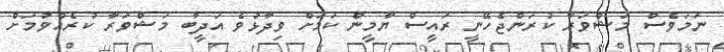
ނަމަވެސް މަޝްވަރާ ކުރަންޖެހޭނީ ރައީސް ޔާމީން ކަމަށް ވިދާޅުވެ އަދީބާ މަޝްވަރާ ކުރެއްވުމަށް